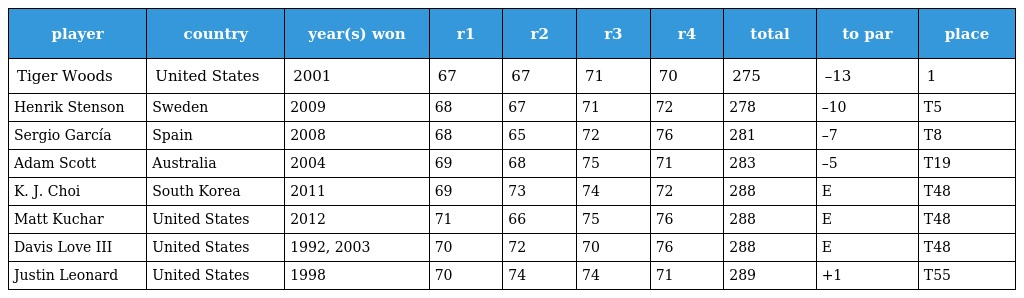
| player | country | year(s) won | r1 | r2 | r3 | r4 | total | to par | place |
 | --- | --- | --- | --- | --- | --- | --- | --- | --- | --- |
 | Tiger Woods | United States | 2001 | 67 | 67 | 71 | 70 | 275 | –13 | 1 |
 | Henrik Stenson | Sweden | 2009 | 68 | 67 | 71 | 72 | 278 | –10 | T5 |
 | Sergio García | Spain | 2008 | 68 | 65 | 72 | 76 | 281 | –7 | T8 |
 | Adam Scott | Australia | 2004 | 69 | 68 | 75 | 71 | 283 | –5 | T19 |
 | K. J. Choi | South Korea | 2011 | 69 | 73 | 74 | 72 | 288 | E | T48 |
 | Matt Kuchar | United States | 2012 | 71 | 66 | 75 | 76 | 288 | E | T48 |
 | Davis Love III | United States | 1992, 2003 | 70 | 72 | 70 | 76 | 288 | E | T48 |
 | Justin Leonard | United States | 1998 | 70 | 74 | 74 | 71 | 289 | +1 | T55 |